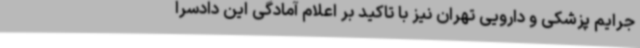
جرایم پزشکی و دارویی تهران نیز با تاکید بر اعلام آمادگی این دادسرا